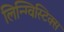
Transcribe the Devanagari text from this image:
लिन्ग्विस्टिक्स